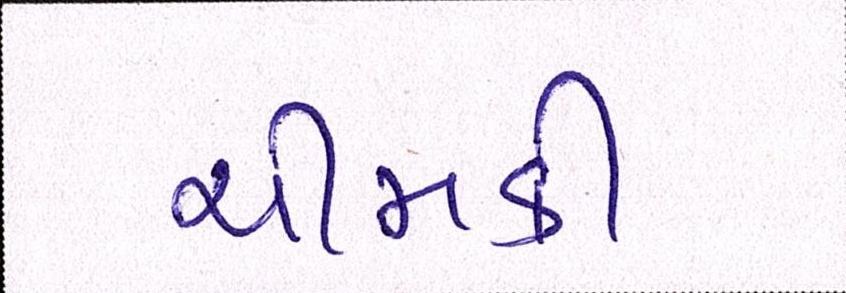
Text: ચીમકી